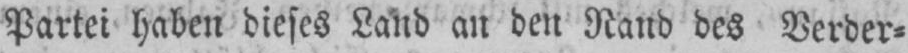
Partei haben dieses Land an den Rand des Verder⸗